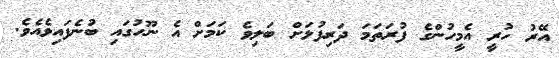
އޭރު ހުރީ އެމީހުންގެ ފުރަތަމަ ދަރިފުޅަށް ބަލިވެ ކަމަށް އެ ނޫހުގައި ބުނެފައިވެއެވެ.